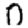
Digit: 0